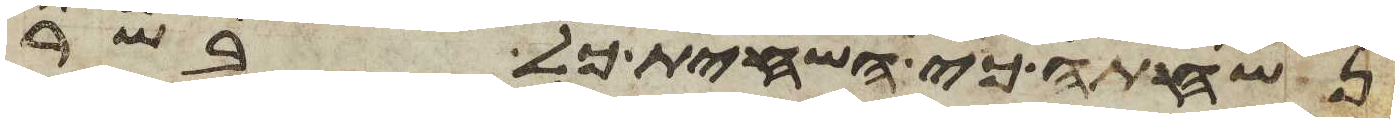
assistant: נשחתה כי השחית כל בשר